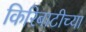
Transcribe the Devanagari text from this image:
किरिबाटीच्या